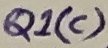
Text: Q1(c)